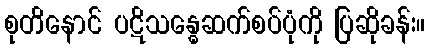
စုတိနောင် ပဋိသန္ဓေဆက်စပ်ပုံကို ပြဆိုခန်း။